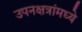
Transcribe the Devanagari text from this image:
उपनक्षत्रांमध्ये